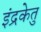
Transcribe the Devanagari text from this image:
इंद्रकेतु